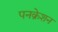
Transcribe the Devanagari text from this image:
पनक्रेशन